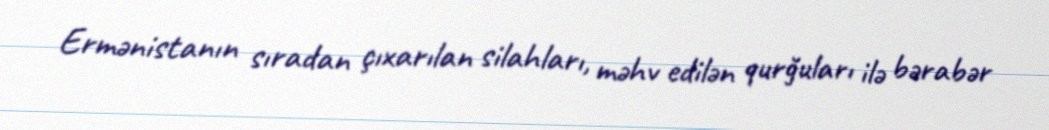
Ermənistanın sıradan çıxarılan silahları, məhv edilən qurğuları ilə bərabər